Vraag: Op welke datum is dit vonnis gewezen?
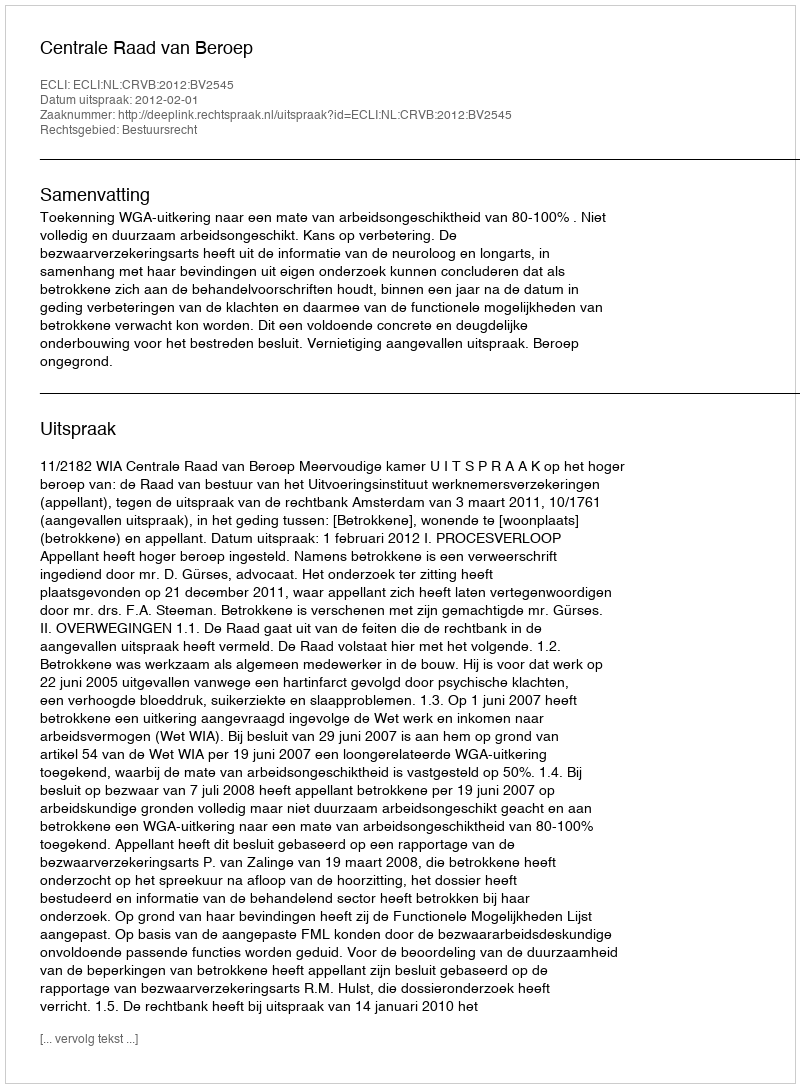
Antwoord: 2012-02-01